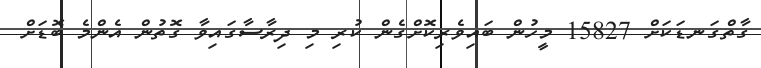
ގާތްގަނޑަކަށް 15827 މީހުން ބައިވެރިކޮށްގެން ކުރި މި ދިރާސާގައިވާ ގޮތުން އެންމެ ބޮޑަށް